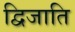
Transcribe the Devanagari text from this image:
द्विजाति